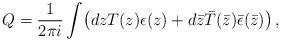
LaTeX: \begin{align*}Q=\frac{1}{2\pi i}\int\! \left(dzT(z)\epsilon(z)+d\bar{z}\bar{T}(\bar{z})\bar{\epsilon}(\bar{z})\right),\end{align*}